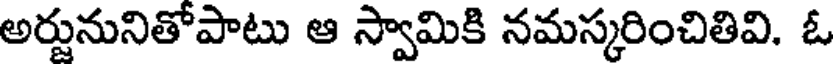
అర్జునునితోపాటు ఆ స్వామికి నమస్కరించితివి. ఓ